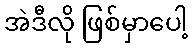
အဲဒီလို ဖြစ်မှာပေါ့